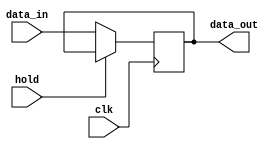
module hold_condition (
    input wire clk,        // Clock signal
    input wire hold,       // Control signal to hold the output
    input wire [7:0] data_in, // Data input signal (8-bit example)
    output reg [7:0] data_out // Data output signal (8-bit example)
);

    // Internal state to hold the last valid output
    reg [7:0] last_valid_output;

    always @(posedge clk) begin
        if (hold) begin
            // If hold is asserted, maintain the last valid output
            data_out <= last_valid_output;
        end else begin
            // If hold is not asserted, update the output with data_in
            data_out <= data_in;
            // Store the new value as the last valid output
            last_valid_output <= data_in;
        end
    end

    // Initialize the last valid output to a known state
    initial begin
        last_valid_output = 8'b0; // Default value (can be set as needed)
        data_out = 8'b0;          // Default output value
    end

endmodule